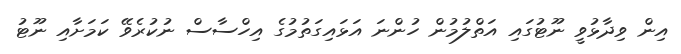
އިން ވިދާޅުވީ ނޫޓުގައި އަތްލުމުން ހުންނަ އަޅައިގަތުމުގެ އިހްސާސް ނުކުރެވޭ ކަމަށާއި ނޫޓު